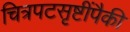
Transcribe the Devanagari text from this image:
चित्रपटसृष्टींपैकी